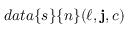
d a t a \{ s \} \{ n \} ( \ell , \mathbf { j } , c )